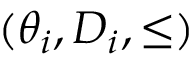
( \theta _ { i } , D _ { i } , \leq )